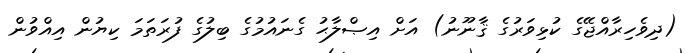
(ދިވެހިރާއްޖޭގެ ކުޅިވަރުގެ ޤާނޫނު) އަށް އިޞްލާޙު ގެނައުމުގެ ބިލުގެ ފުރަތަމަ ކިޔުން އިއްވުން